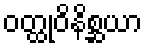
ဝတ္ထုဝိနိစ္ဆယာ